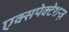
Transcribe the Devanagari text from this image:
एक्सपेक्टेशन्ज़